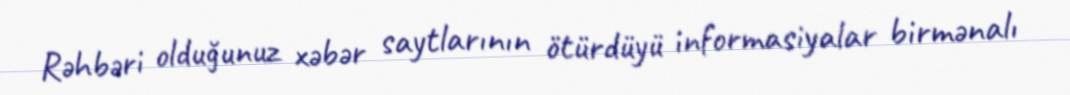
Rəhbəri olduğunuz xəbər saytlarının ötürdüyü informasiyalar birmənalı